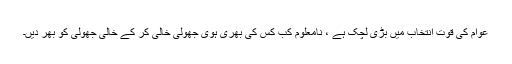
عوام کی قوت انتخاب میں بڑی لچک ہے ، نامعلوم کب کس کی بھری ہوی جھولی خالی کر کے خالی جھولی کو بھر دیں۔